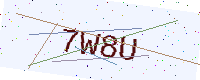
Text: 7W8U